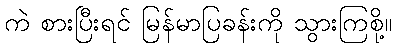
ကဲ စားပြီးရင် မြန်မာပြခန်းကို သွားကြစို့။